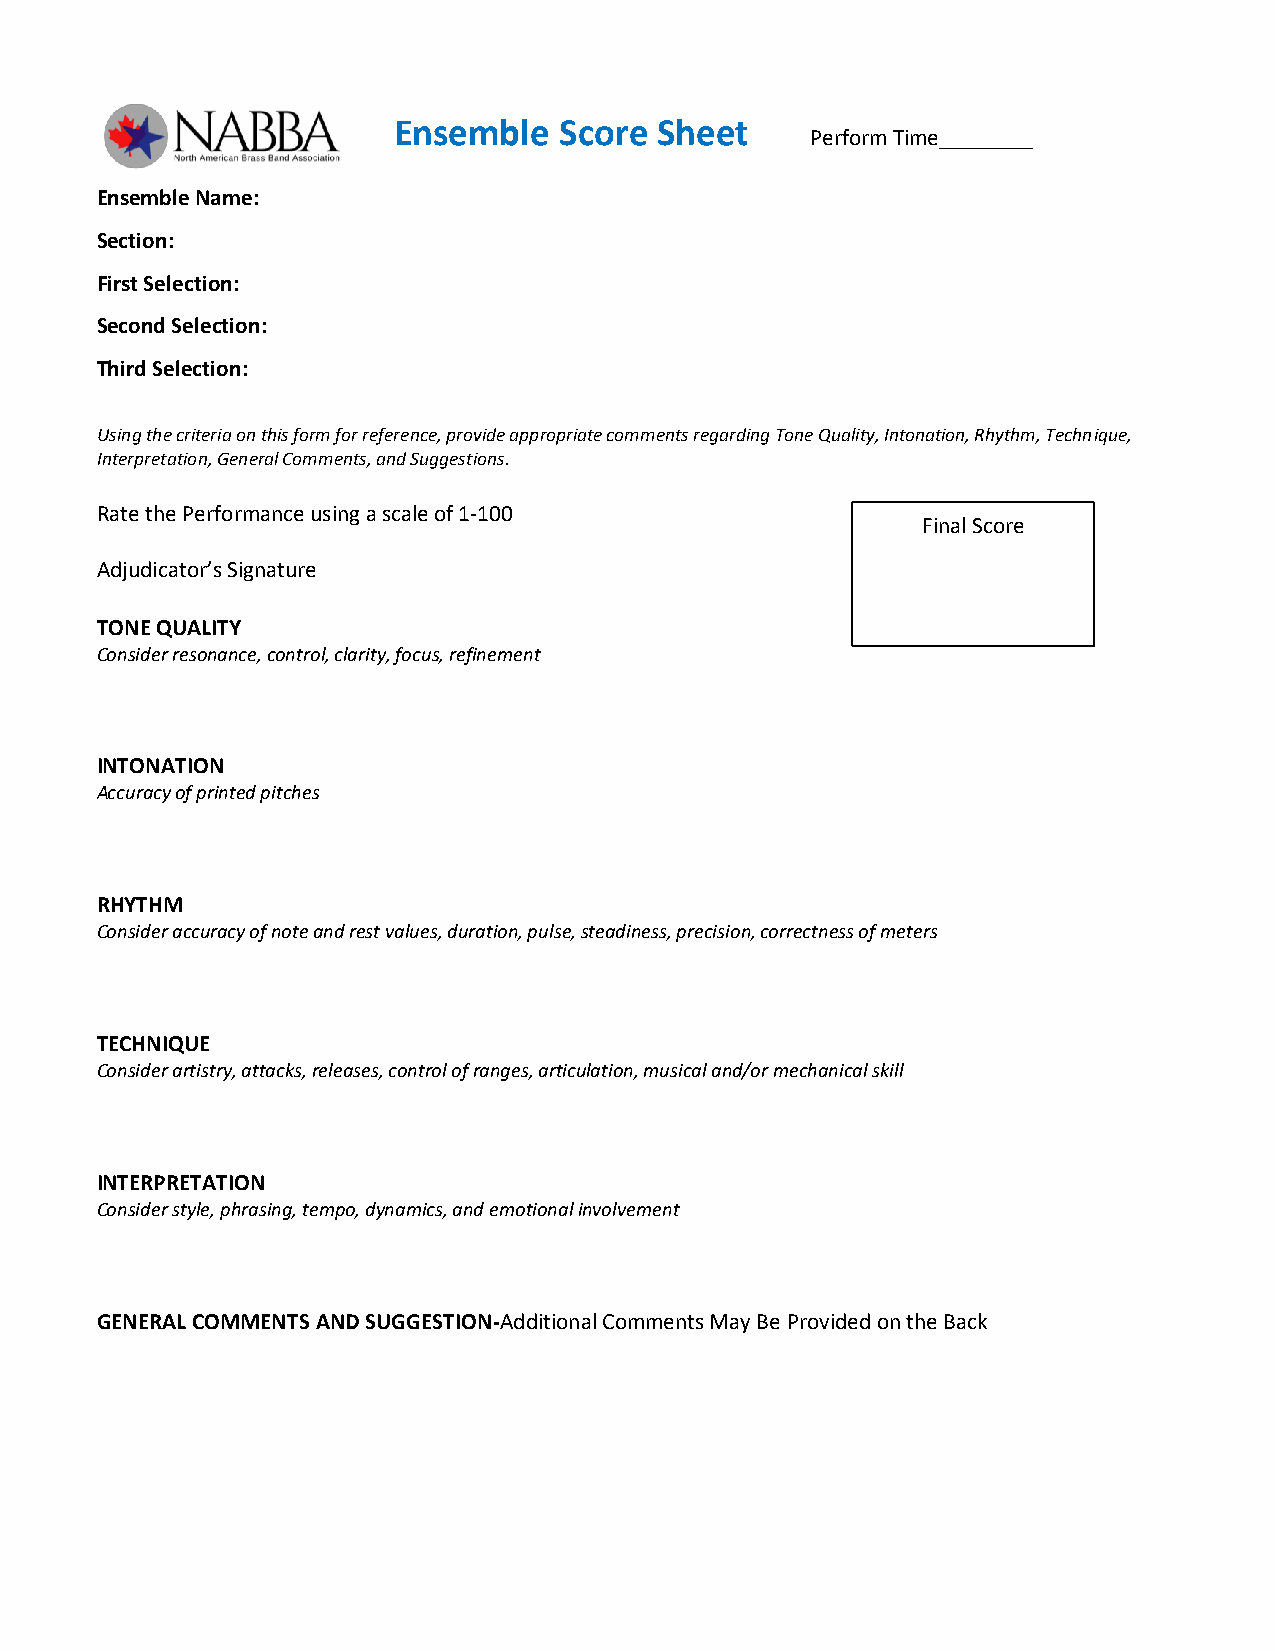
Ensemble   Score Sheet
 Perform Time________
 Ensemble Name:
 Section:
 First Selection:
 Second Selection:
 Third Selection:
 Using the criteria on this form for reference, provide appropriate comments regarding Tone Quality, Intonation, Rhythm, Technique,
 Interpretation, General Comments, and Suggestions.
 Rate the Performance using a scale of 1‐100
 Final Score
 Adjudicator’s Signature
 TONE QUALITY
 Consider resonance, control, clarity, focus, refinement
 INTONATION
 Accuracy of printed pitches
 RHYTHM
 Consider accuracy of note and rest values, duration, pulse, steadiness, precision, correctness of meters
 TECHNIQUE
 Consider artistry, attacks, releases, control of ranges, articulation, musical and/or mechanical skill
 INTERPRETATION
 Consider style, phrasing, tempo, dynamics, and emotional involvement
 GENERAL COMMENTS AND SUGGESTION-Additional Comments May Be Provided on the Back